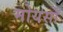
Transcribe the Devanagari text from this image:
मोयसाँ